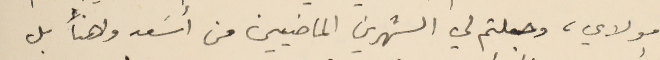
مولاي، وجعلتم لي الشهرين الماضيين من أُسَعد واهنأ بل